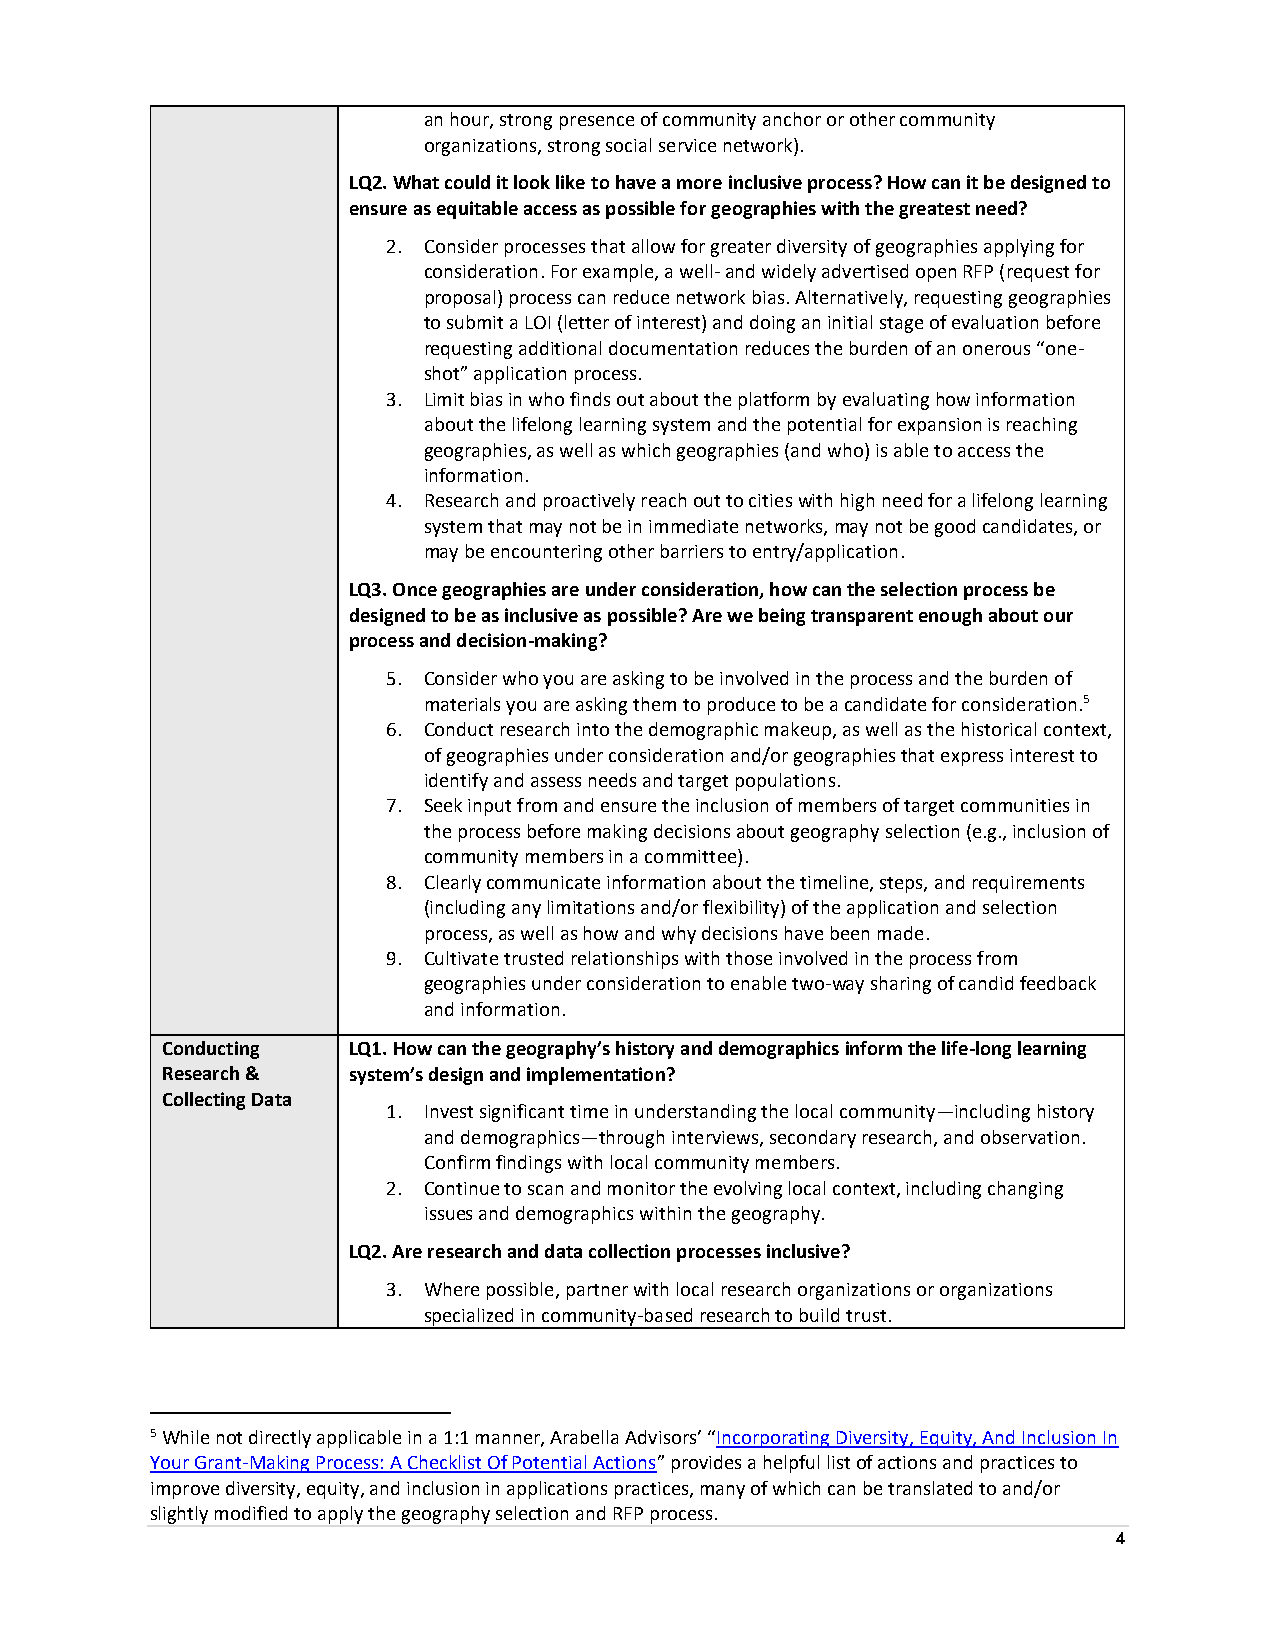
an hour, strong presence of community anchor or other community
 organizations, strong social service network).
 LQ2. What could it look like to have a more inclusive process? How can it be designed to
 ensure as equitable access as possible for geographies with the greatest need?
 2. Consider processes that allow for greater diversity of geographies applying for
 consideration. For example, a well- and widely advertised open RFP (request for
 proposal) process can reduce network bias. Alternatively, requesting geographies
 to submit a LOI (letter of interest) and doing an initial stage of evaluation before
 requesting additional documentation reduces the burden of an onerous “one-
 shot” application process.
 3. Limit bias in who finds out about the platform by evaluating how information
 about the lifelong learning system and the potential for expansion is reaching
 geographies, as well as which geographies (and who) is able to access the
 information.
 4. Research and proactively reach out to cities with high need for a lifelong learning
 system that may not be in immediate networks, may not be good candidates, or
 may be encountering other barriers to entry/application.
 LQ3. Once geographies are under consideration, how can the selection process be
 designed to be as inclusive as possible? Are we being transparent enough about our
 process and decision-making?
 5. Consider who you are asking to be involved in the process and the burden of
 materials you are asking them to produce to be a candidate for consideration.5
 6. Conduct research into the demographic makeup, as well as the historical context,
 of geographies under consideration and/or geographies that express interest to
 identify and assess needs and target populations.
 7. Seek input from and ensure the inclusion of members of target communities in
 the process before making decisions about geography selection (e.g., inclusion of
 community members in a committee).
 8. Clearly communicate information about the timeline, steps, and requirements
 (including any limitations and/or flexibility) of the application and selection
 process, as well as how and why decisions have been made.
 9. Cultivate trusted relationships with those involved in the process from
 geographies under consideration to enable two-way sharing of candid feedback
 and information.
 Conducting  LQ1. How can the geography’s history and demographics inform the life-long learning
 Research &  system’s design and implementation?
 Collecting Data
 1. Invest significant time in understanding the local community—including history
 and demographics—through interviews, secondary research, and observation.
 Confirm findings with local community members.
 2. Continue to scan and monitor the evolving local context, including changing
 issues and demographics within the geography.
 LQ2. Are research and data collection processes inclusive?
 3. Where possible, partner with local research organizations or organizations
 specialized in community-based research to build trust.
 5 While not directly applicable in a 1:1 manner, Arabella Advisors’ “Incorporating Diversity, Equity, And Inclusion In
 Your Grant-Making Process: A Checklist Of Potential Actions” provides a helpful list of actions and practices to
 improve diversity, equity, and inclusion in applications practices, many of which can be translated to and/or
 slightly modified to apply the geography selection and RFP process.
 4